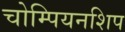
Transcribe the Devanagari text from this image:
चोम्पियनशिप